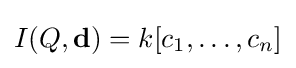
I(Q,\mathbf {d} )=k[c_{1},\ldots ,c_{n}]